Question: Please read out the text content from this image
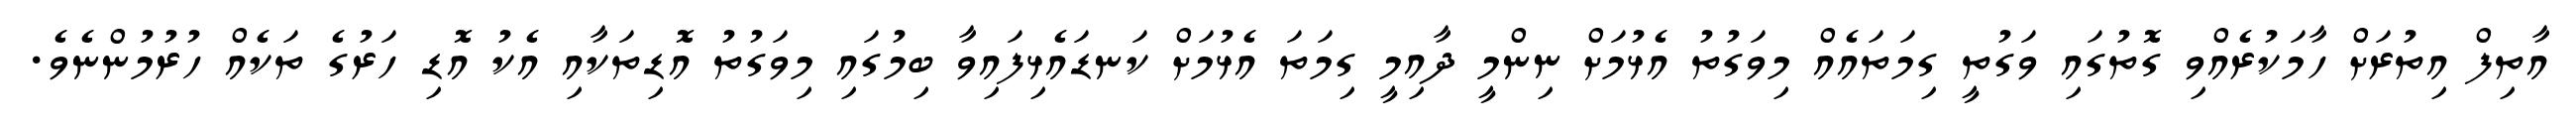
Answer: އާތިފް އިތުރަށް ހާމަކުރެއްވި ގޮތުގައި ވަގުތީ ގިމަތައެއް މިވަގުތު އެޅުމަށް ނިންމީ ދާއިމީ ގިމަތަ އެޅުމަށް ކަނޑައެޅިފައިވާ ބިމުގައި މިވަގުތު އޮޑިތަކާއި އެކު އޮޑި ހަރުގެ ތަކެއް ހުރުމުންނެވެ.